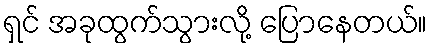
ရှင် အခုထွက်သွားလို့ ပြောနေတယ်။